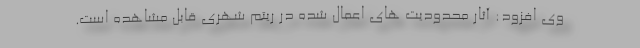
وی افزود: آثار محدودیت های اعمال شده در ریتم شهری قابل مشاهده است.